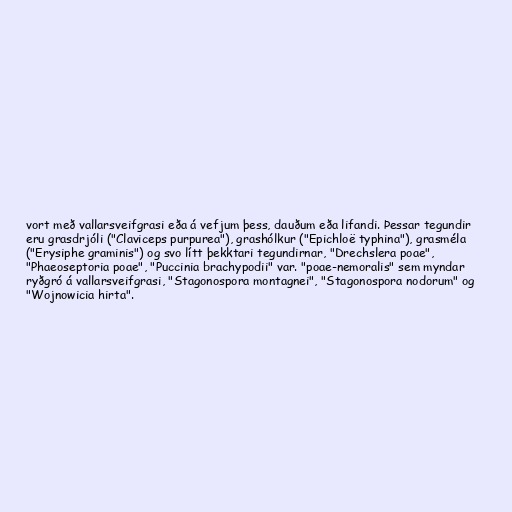
vort með vallarsveifgrasi eða á vefjum þess, dauðum eða lifandi. Þessar tegundir
eru grasdrjóli ("Claviceps purpurea"), grashólkur ("Epichloë typhina"), grasméla
("Erysiphe graminis") og svo lítt þekktari tegundirnar, "Drechslera poae",
"Phaeoseptoria poae", "Puccinia brachypodii" var. "poae-nemoralis" sem myndar
ryðgró á vallarsveifgrasi, "Stagonospora montagnei", "Stagonospora nodorum" og
"Wojnowicia hirta".